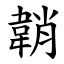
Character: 韒